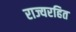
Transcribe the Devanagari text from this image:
राज्यरहित